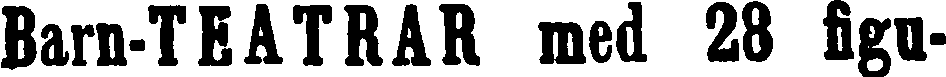
Barn-TEATRAR med 28 figu-